Annual report on the mental hospital in the Central Provinces and Berar (Nagpur) - 1927-1951
Year: 1927
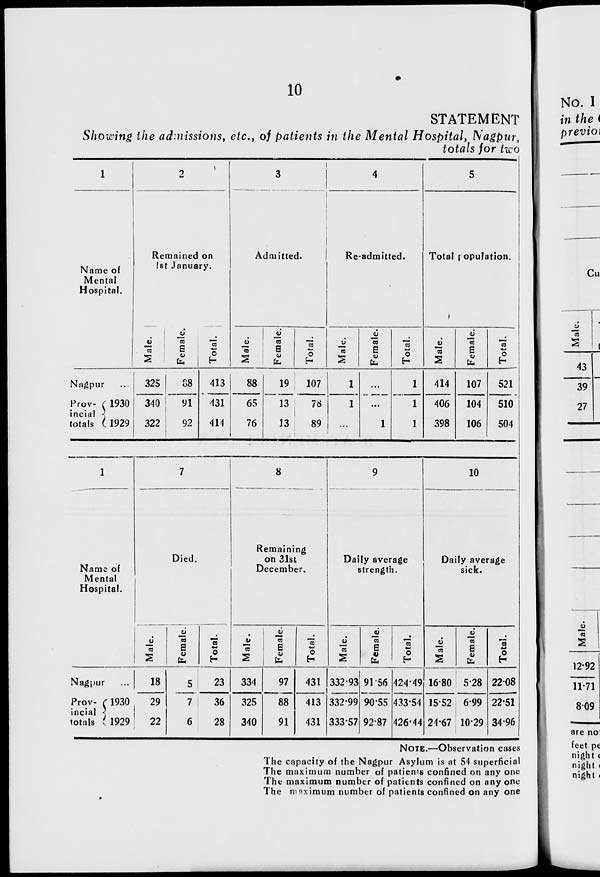
10
STATEMENT
Showing the admissions, etc., of patients in the Mental Hospital, Nagpur,
totals for two
1
Name of
Mental
Hospital.
Nagpur ...
Prov-
incial
totals
1930
1929
2
Remained on
1st January.
Male.
325
340
322
Female.
88
91
92
Total.
413
431
414
3
Admitted.
Male.
88
65
76
Female.
19
13
13
Total.
107
78
89
4
Re-admitted.
Male.
1
1
...
Female.
...
...
1
Total.
1
1
1
5
Total population.
Male.
414
406
398
Female.
107
104
106
Total.
521
510
504
1
Name of
Mental
Hospital.
Nagpur ...
Prov-
incial
totals
1930
1929
7
Died.
Male.
18
29
22
Female.
5
7
6
Total.
23
36
28
8
Remaining
on 31st
December.
Male.
334
325
340
Female.
97
88
91
Total.
431
413
431
9
Daily average
strength.
Male.
332.93
332.99
333.57
Female.
91.56
90.55
92.87
Total.
424.49
433.54
426.44
10
Daily average
sick.
Male.
16.80
15.52
24.67
Female.
5.28
6.99
10.29
Total.
22.08
22.51
34.96
NOTE.—Observation cases
The capacity of the Nagpur Asylum is at 54 superficial
The maximum number of patients confined on any one
The maximum number of patients confined on any one
The maximum number of patients confined on any one